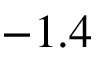
- 1 . 4